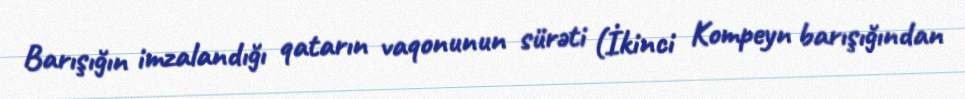
Barışığın imzalandığı qatarın vaqonunun sürəti (İkinci Kompeyn barışığından